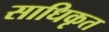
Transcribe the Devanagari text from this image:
साधिकृत